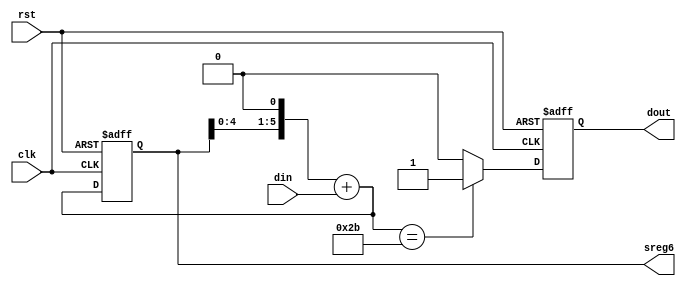
module seq(clk,rst,din,dout,sreg6);
input clk,rst,din;
output dout;
output [5:0] sreg6;
reg dout;
reg [5:0] sreg6;

initial begin
	sreg6<=6'b000_000;
	dout<=0;
end

always @(negedge clk or negedge rst)
begin
	if (~rst)
		begin
			sreg6<=6'b000_000;
			dout<=0;
		end
	else
		begin
			sreg6 = (sreg6<<1) + din;
			if (sreg6 == 6'b101011)
				dout<=1;
			else
				dout<=0;
		end
end

endmodule